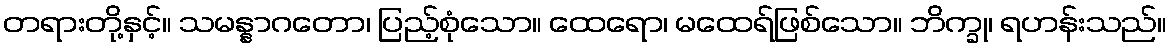
တရားတို့နှင့်။ သမန္နာဂတော၊ ပြည့်စုံသော။ ထေရော၊ မထေရ်ဖြစ်သော။ ဘိက္ခု၊ ရဟန်းသည်။